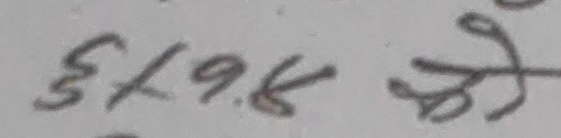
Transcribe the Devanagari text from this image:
५८७९४ यो